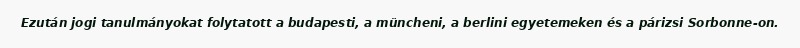
Ezután jogi tanulmányokat folytatott a budapesti, a müncheni, a berlini egyetemeken és a párizsi Sorbonne-on.